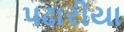
પઢારીયા